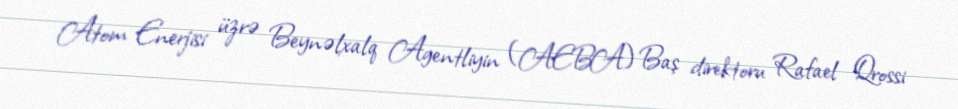
Atom Enerjisi üzrə Beynəlxalq Agentliyin (AEBA) Baş direktoru Rafael Qrossi